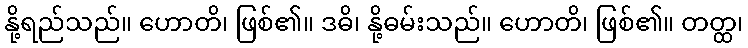
နို့ရည်သည်။ ဟောတိ၊ ဖြစ်၏။ ဒဓိ၊ နို့ဓမ်းသည်။ ဟောတိ၊ ဖြစ်၏။ တတ္ထ၊